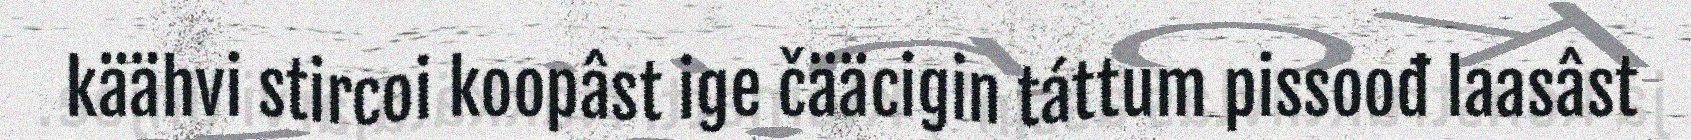
käähvi stircoi koopâst ige čääcigin táttum pissoođ laasâst